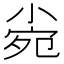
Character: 𡮄